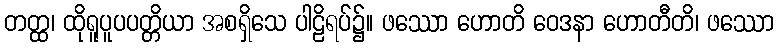
တတ္ထ၊ ထိုရူပူပပတ္တိယာ အစရှိသေ ပါဠိရပ်၌။ ဖဿော ဟောတိ ဝေဒနာ ဟောတီတိ၊ ဖဿော